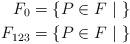
LaTeX: \begin{align*}F_{0} & = \{P\in F~|~\}\\F_{123} & = \{P\in F~|~\}\end{align*}